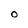
Character: O